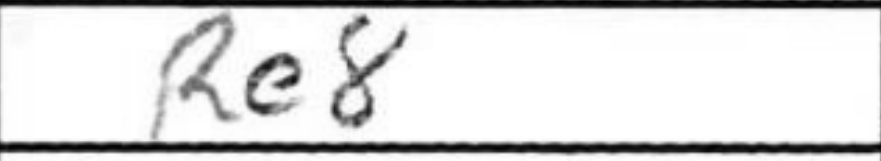
Transcription: Re8